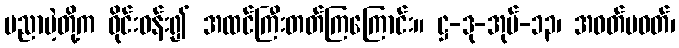
ပညာမဲ့တို့က ဝိုင်းဝန်း၍ အထင်ကြီးတတ်ကြကြောင်း။ ဋ္ဌ-ဒု-အုပ်-၁၃၊ အဝတ်မဝတ်၊